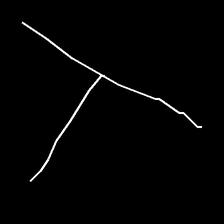
Glyph: column